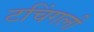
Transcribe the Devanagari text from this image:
टचिंगली